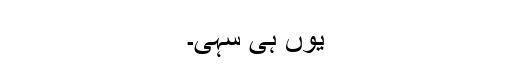
یوں ہی سہی۔